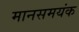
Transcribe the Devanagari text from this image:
मानसमयंक